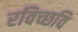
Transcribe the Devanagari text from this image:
रविच्छवि